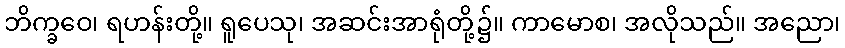
ဘိက္ခဝေ၊ ရဟန်းတို့။ ရူပေသု၊ အဆင်းအာရုံတို့၌။ ကာမောစ၊ အလိုသည်။ အညော၊